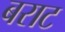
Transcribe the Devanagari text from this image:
बराट